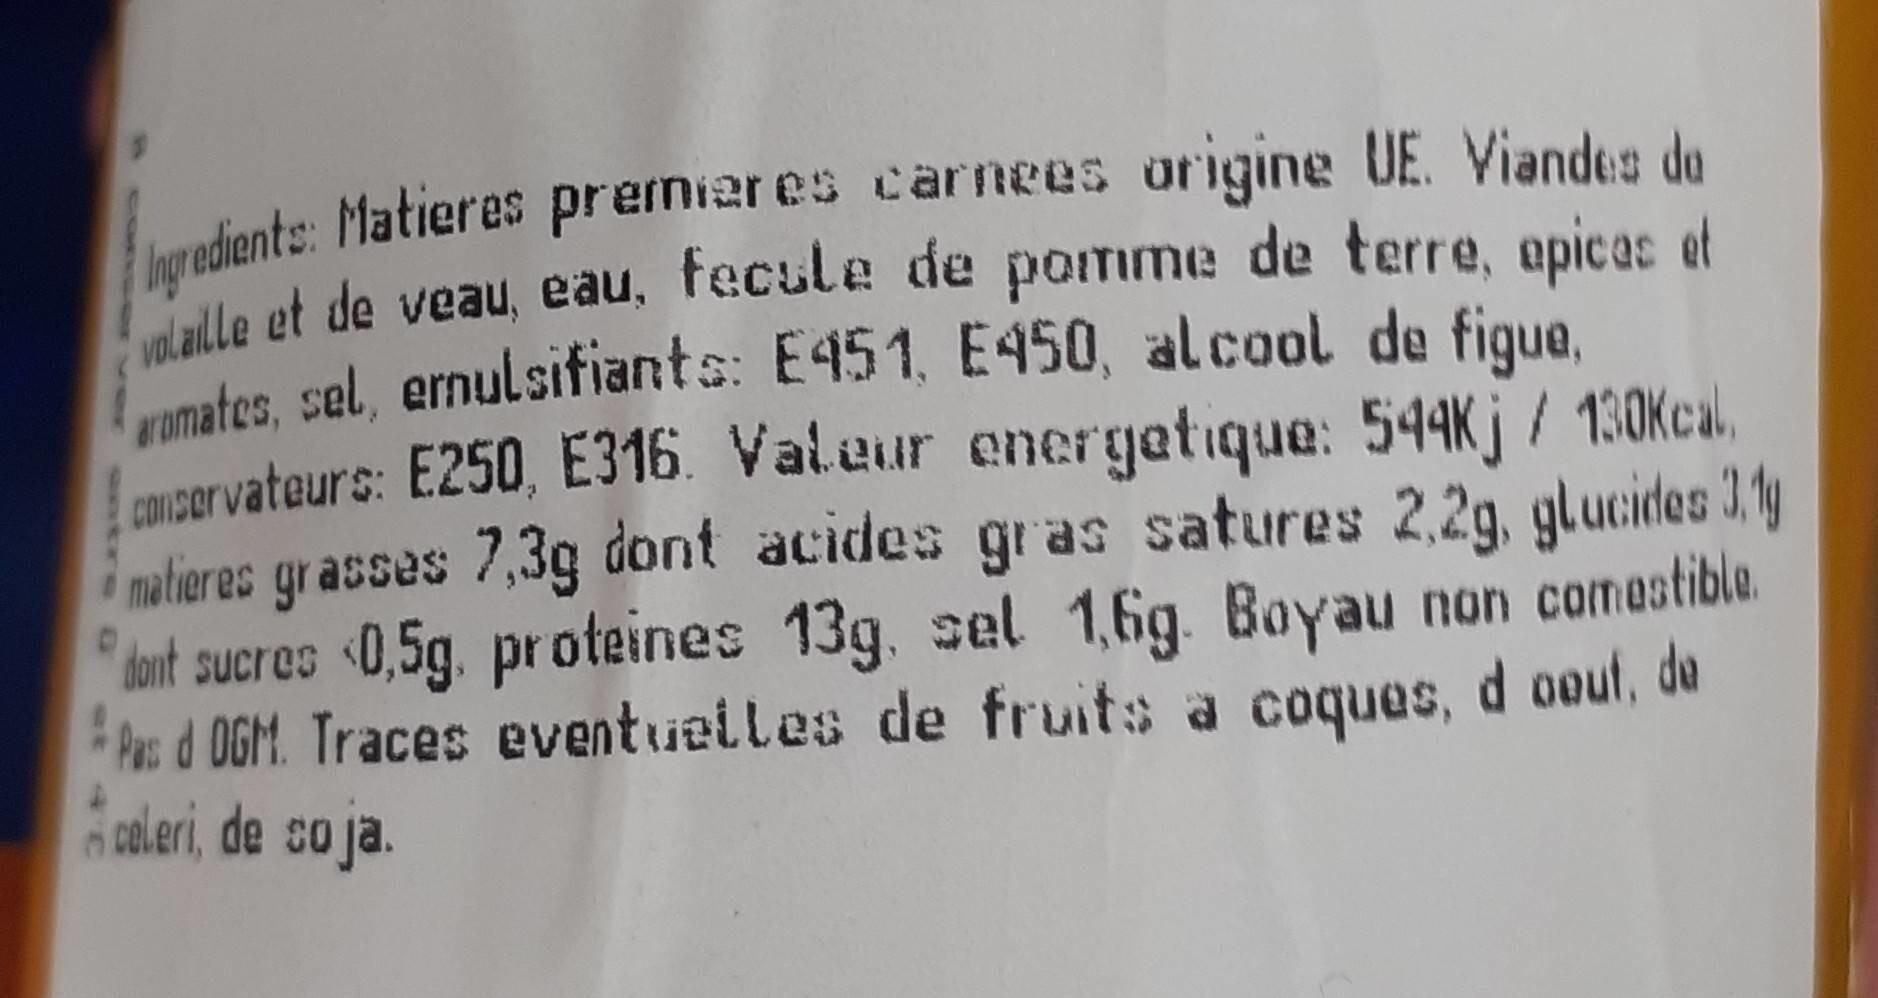
Ingredients: Matieres premieres carnees origine UE. Viandes do alle et de veau, eau, fecule de pomme de terre, apices et romates, sel, ernulsifiants: E451, E450, alcool de figue, conservateurs: E250, E316. Valeur energetique: 544Kj / 130Kcal. matieres grasses 7,3g dont acides gras satures 2,2g, glucides 3,1g dont sucres 0,5g. proteines 13g, sel 1,6g. Boyau non comestible. Pas d OGM. Traces eventuelles de fruits a coques, d oeut, de celeri, de soja.